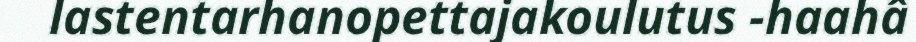
lastentarhanopettajakoulutus -haahâ